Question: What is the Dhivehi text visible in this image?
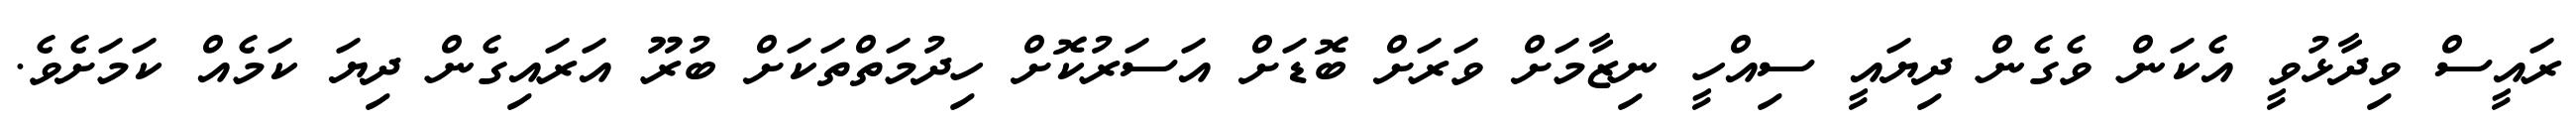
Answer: ރައީސް ވިދާޅުވީ އެކަން ވެގެން ދިޔައީ ސިއްހީ ނިޒާމަށް ވަރަށް ބޮޑަށް އަސަރުކޮށް ހިދުމަތްތަކަށް ބުރޫ އަރައިގެން ދިޔަ ކަމެއް ކަމަށެވެ.